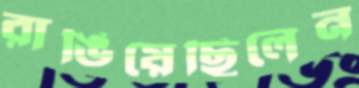
রাঙিয়েছিলেন